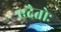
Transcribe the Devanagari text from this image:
एदैतोः